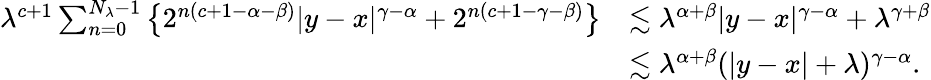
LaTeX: \begin{array}{rl}{\lambda^{c+1}\sum_{n=0}^{N_{\lambda}-1}\big\{ 2^{n(c+1-\alpha-\beta)}|y-x|^{\gamma-\alpha}+2^{n(c+1-\gamma-\beta)}\big\} }&{\lesssim\lambda^{\alpha+\beta}|y-x|^{\gamma-\alpha}+\lambda^{\gamma+\beta}}\\ &{\lesssim\lambda^{\alpha+\beta}(|y-x|+\lambda)^{\gamma-\alpha}.}\end{array}